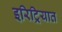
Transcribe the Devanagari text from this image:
इरिट्रियात